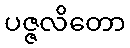
ပဇ္ဇလိတော